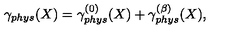
\gamma _ { p h y s } ( X ) = \gamma _ { p h y s } ^ { ( 0 ) } ( X ) + \gamma _ { p h y s } ^ { ( \beta ) } ( X ) ,